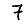
Digit: 7